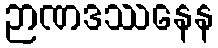
ဉာဏဒဿနေန